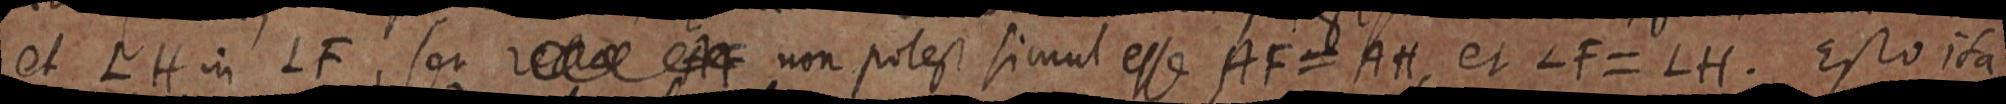
et LH in LF, seu rectae et non potest simul esse AF = AH, et LF = LH. Esto ita